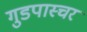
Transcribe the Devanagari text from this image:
गुडपास्चर